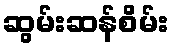
ဆွမ်းဆန်စိမ်း